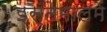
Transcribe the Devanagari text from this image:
इस्तेमालमें